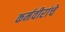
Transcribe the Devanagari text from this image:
कर्मवीरांचे